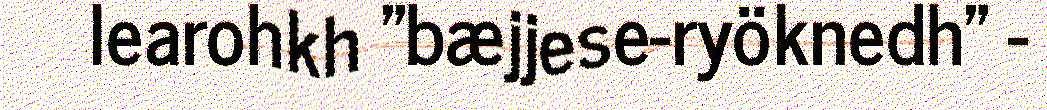
learohkh "bæjjese-ryöknedh" -